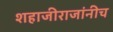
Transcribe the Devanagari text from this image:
शहाजीराजांनीच